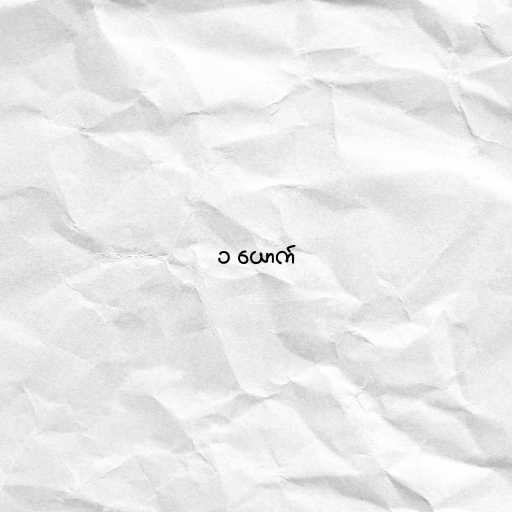
၁ ယောက်